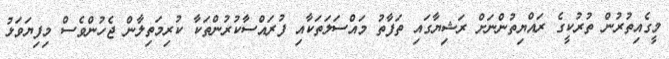
މީގެއިތުރުން ތުރުކީގެ ރައްޔިތުންނަށް ރަޝިޔާގައި ތަފާތު މައްސަލަތަކާއި ފުރައްސާކުރުންތަކާ ކުރިމަތިލާން ޖެހުންވެސް މިފިޔަވަޅު